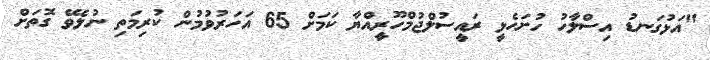
"އަޅުގަނޑު އިސްލާހު ހުށަހެޅީ ރައީސުލްޖުމްހޫރީއްޔާ ކަަމަށް 65 އަހަރުވުމުން ކުރިމަތި ނުލެވޭ ގޮތަށް